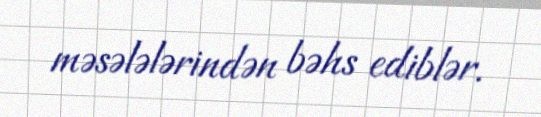
məsələlərindən bəhs ediblər.